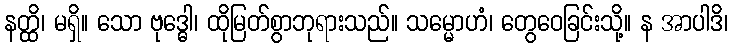
နတ္ထိ၊ မရှိ။ သော ဗုဒ္ဓေါ၊ ထိုမြတ်စွာဘုရားသည်။ သမ္မောဟံ၊ တွေဝေခြင်းသို့။ န အာပါဒိ၊